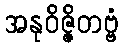
အနုဝိဇ္ဇိတဗ္ဗံ